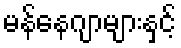
မန်နေဂျာများနှင့်